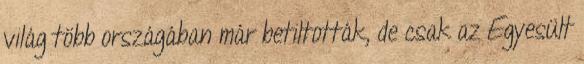
világ több országában már betiltották, de csak az Egyesült